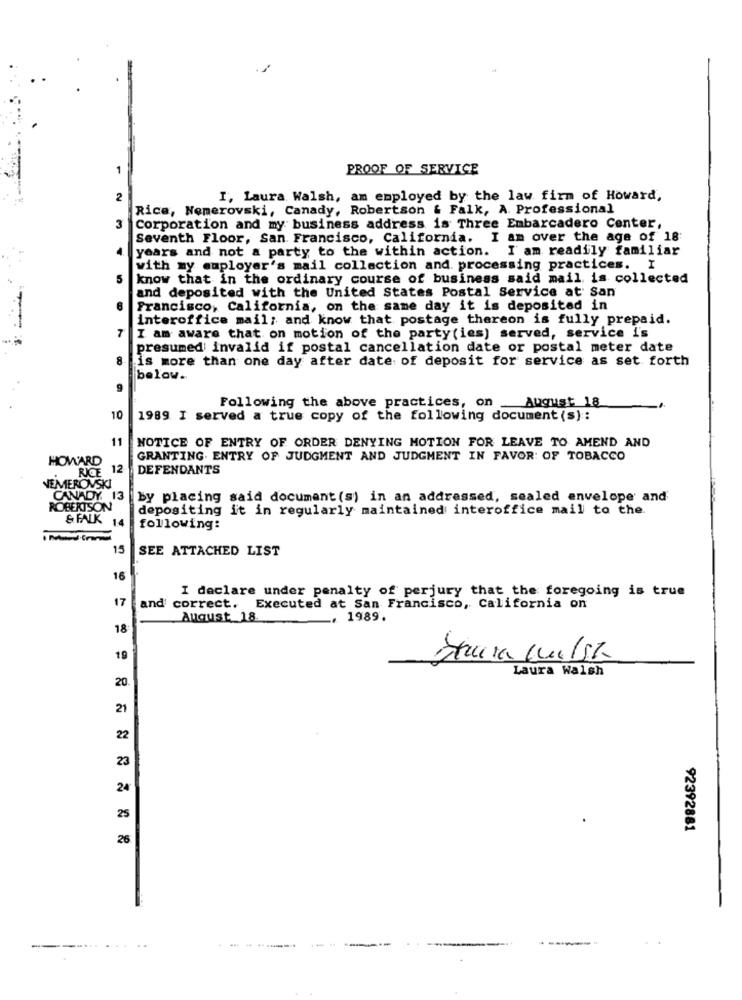
PROOF OF SERVICE
2
I, Laura. Walsh, am employed by the law firm of Howard,
Rice, Nemerovski, Canady, Robertson & Falk, A Professional
3
Corporation and my business address is Three Embarcadero Center,
Seventh Floor, San Francisco, California. I am over the age of 18
years and not a party to the within action. I am readily familiar
with my employer's mail collection and processing practices. I
5
know that in the ordinary course of business said mail is collected
and deposited with the United States Postal Service at San
Francisco, California, on the same day it is deposited in
interoffice mail; and know that postage thereon is fully prepaid.
7
I am aware that on motion of the party (ies) served, service i's
presumed invalid if postal cancellation date or postal meter date
8
is more than one day after date of deposit for service as set forth
below.
9
Following the above practices, on August 18
10
1989 I served a true copy of the following document (s) ::
11
NOTICE OF ENTRY OF ORDER DENYING MOTION FOR LEAVE TO AMEND AND
HOWARD
GRANTING. ENTRY OF JUDGMENT AND JUDGMENT IN FAVOR: OF TOBACCO
RICE
12
DEFENDANTS
VEMEROVSKI
CANADY 13
by placing said document(s) in an addressed, sealed envelope' and'
ROBERTSON
depositing it in regularly maintained interoffice mail to the.
& FALK 14
following:
15
SEE ATTACHED LIST
16
I declare under penalty of perjury that the foregoing is true
17
and correct. Executed at San Francisco, California on
August 18.
. 1989.
18
19
Laura Walsh
20
21
22
23
24
25
92392881
26
--